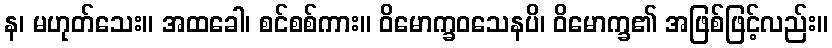
န၊ မဟုတ်သေး။ အထခေါ၊ စင်စစ်ကား။ ဝိမောက္ခဝသေနပိ၊ ဝိမောက္ခ၏ အဖြစ်ဖြင့်လည်း။